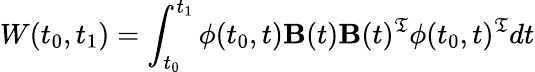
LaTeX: W(t_{0},t_{1})=\int_{t_{0}}^{t_{1}}\phi(t_{0},t)\mathbf{B}(t)\mathbf{B}(t)^{\mathfrak{T}}\phi(t_{0},t)^{\mathfrak{T}}dt